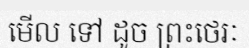
មើល ទៅ ដូច ព្រះថេរៈ